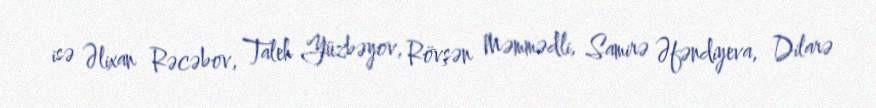
isə Əlixan Rəcəbov, Taleh Yüzbəyov, Rövşən Məmmədli, Samirə Əfəndiyeva, Dilarə